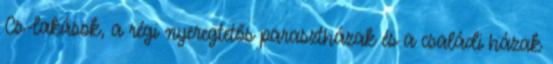
Cs-lakások, a régi nyeregtetős parasztházak és a családi házak